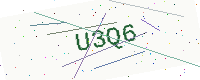
Text: U3Q6